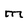
Character: M